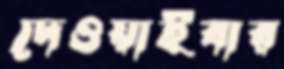
দেওয়াইবার